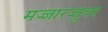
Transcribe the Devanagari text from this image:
मज्जारज्जूवर